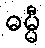
ဓမ္မီ